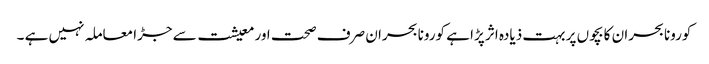
کورونا بحران کا بچوں پر بہت ذیادہ اثر پڑا ہے کورونا بحران صرف صحت اور معیشت سے جڑا معاملہ نہیں ہے ۔